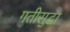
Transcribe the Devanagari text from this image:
गतीसुद्धा